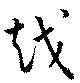
越